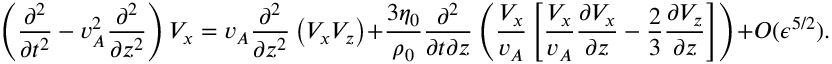
\left( \frac { \partial ^ { 2 } } { \partial t ^ { 2 } } - v _ { A } ^ { 2 } \frac { \partial ^ { 2 } } { \partial z ^ { 2 } } \right) V _ { x } = v _ { A } \frac { \partial ^ { 2 } } { \partial z ^ { 2 } } \left( V _ { x } V _ { z } \right) + \frac { 3 \eta _ { 0 } } { \rho _ { 0 } } \frac { \partial ^ { 2 } } { \partial t \partial z } \left( \frac { V _ { x } } { v _ { A } } \left[ \frac { V _ { x } } { v _ { A } } \frac { \partial V _ { x } } { \partial z } - \frac { 2 } { 3 } \frac { \partial V _ { z } } { \partial z } \right] \right) + O ( \epsilon ^ { 5 / 2 } ) .